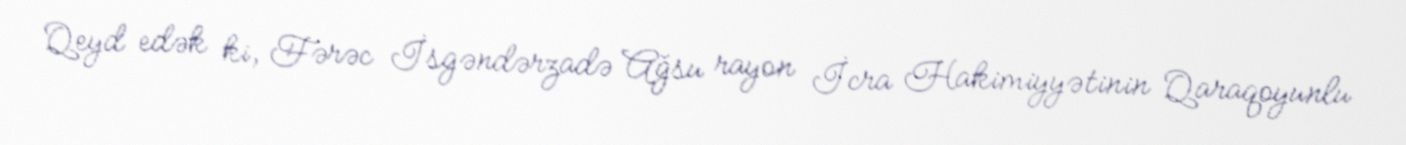
Qeyd edək ki, Fərəc İsgəndərzadə Ağsu rayon İcra Hakimiyyətinin Qaraqoyunlu